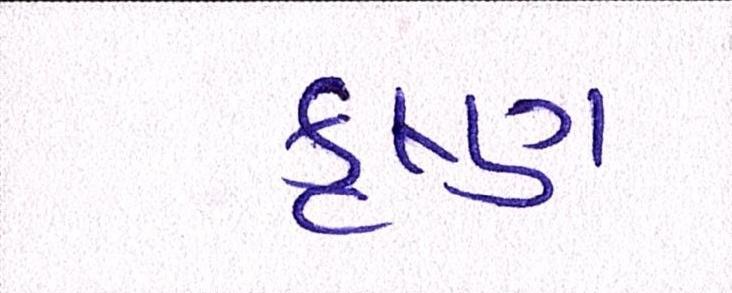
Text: કૃષ્ણ